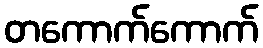
တကောက်ကောက်